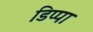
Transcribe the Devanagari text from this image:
डिप्पा